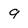
Character: 9